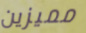
مميزين